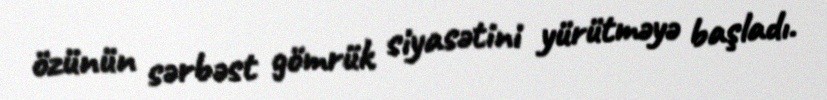
özünün sərbəst gömrük siyasətini yürütməyə başladı.